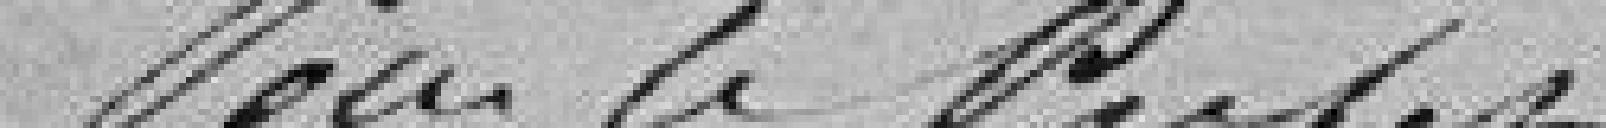
Pour le Préfet, le